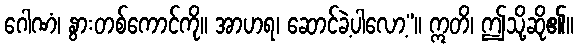
ဂေါဏံ၊ နွားတစ်ကောင်ကို။ အာဟရ၊ ဆောင်ခဲ့ပါလော့”။ ဣတိ၊ ဤသို့ဆို၏။